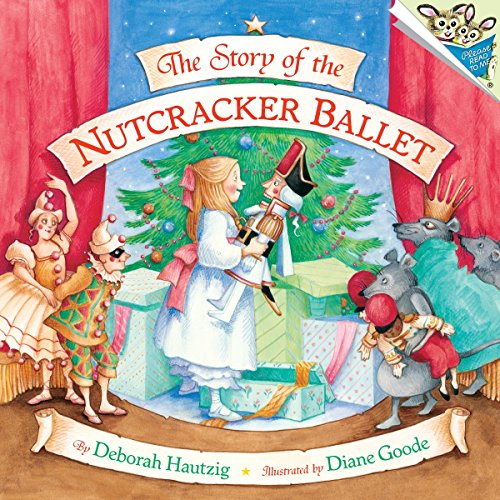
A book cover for The Story of the Nutcracker Ballet (Pictureback(R)); Deborah Hautzig; Children's Books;